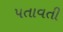
પતાવતી